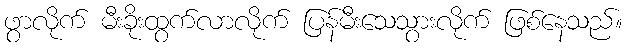
ဖွာလိုက် မီးခိုးထွက်လာလိုက် ပြန်မီးသေသွားလိုက် ဖြစ်နေသည်။